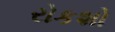
રોકશો